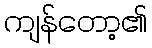
ကျန်တော့၏